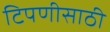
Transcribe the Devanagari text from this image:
टिपणीसाठी